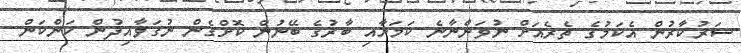
ސަރުކާރުން އެކަމުގެ ތެރެއަށް ނުވަންނާނެ ކަމަށާއި ބާރުގެ ބޭނުން ކޮށްގެން ނުގަވާއިދުން ކަންކަން